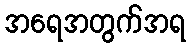
အရေအတွက်အရ